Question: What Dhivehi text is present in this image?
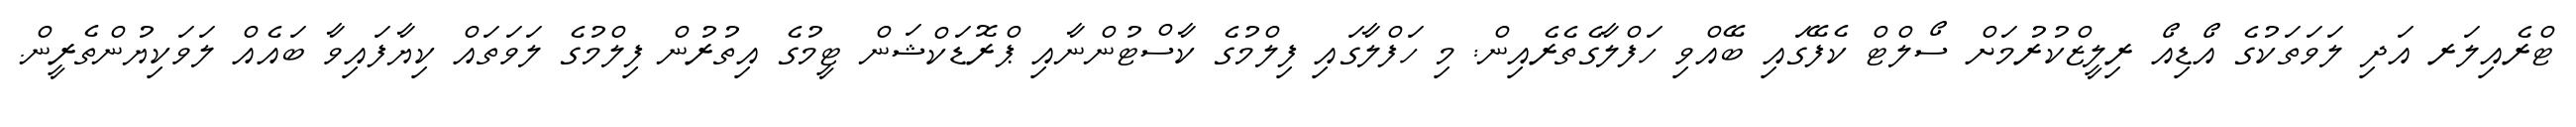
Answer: ޓްރެއިލަރ އަދި ލަވަތަކުގެ އޯޑިއޯ ރިލީޒްކުރުމަށް ސޯލްޓް ކެފޭގައި ބޭއްވި ހަފްލާގެތެރެއިން: މި ހަފްލާގައި ފިލްމުގެ ކާސްޓުންނާއި ޕްރޮޑަކްޝަން ޓީމުގެ އިތުރުން ފިލްމުގެ ލަވަތައް ކިޔާފައިވާ ބައެއް ލަވަކިޔުންތެރީން.